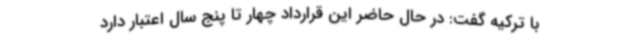
با ترکیه گفت: در حال حاضر این قرارداد چهار تا پنج سال اعتبار دارد